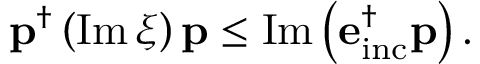
\begin{array} { r } { \mathbf { p } ^ { \dagger } \left( \operatorname { I m } \xi \right) \mathbf { p } \leq \operatorname { I m } \left( \mathbf { e } _ { \mathrm { i n c } } ^ { \dagger } \mathbf { p } \right) . } \end{array}